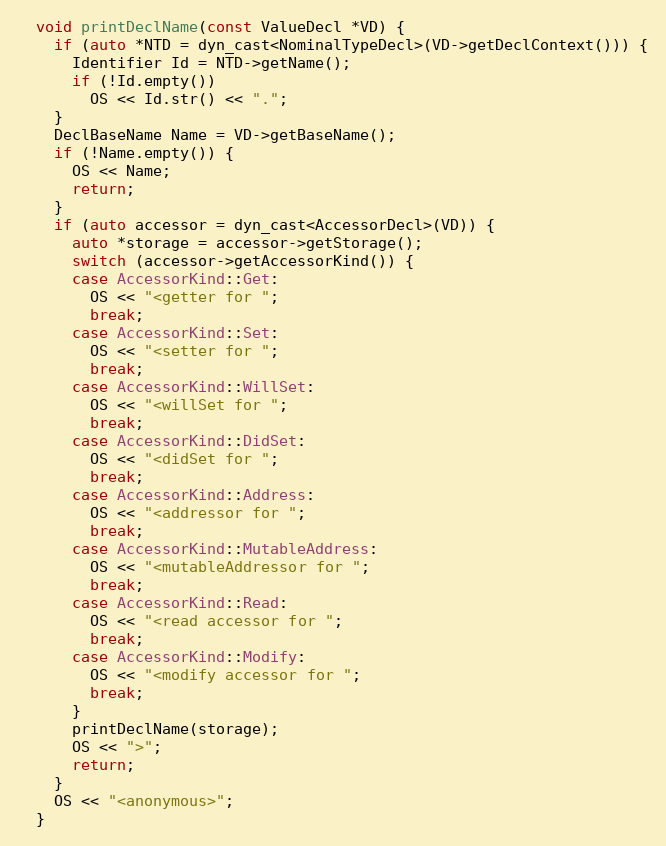
Language: C++
  void printDeclName(const ValueDecl *VD) {
    if (auto *NTD = dyn_cast<NominalTypeDecl>(VD->getDeclContext())) {
      Identifier Id = NTD->getName();
      if (!Id.empty())
        OS << Id.str() << ".";
    }
    DeclBaseName Name = VD->getBaseName();
    if (!Name.empty()) {
      OS << Name;
      return;
    }
    if (auto accessor = dyn_cast<AccessorDecl>(VD)) {
      auto *storage = accessor->getStorage();
      switch (accessor->getAccessorKind()) {
      case AccessorKind::Get:
        OS << "<getter for ";
        break;
      case AccessorKind::Set:
        OS << "<setter for ";
        break;
      case AccessorKind::WillSet:
        OS << "<willSet for ";
        break;
      case AccessorKind::DidSet:
        OS << "<didSet for ";
        break;
      case AccessorKind::Address:
        OS << "<addressor for ";
        break;
      case AccessorKind::MutableAddress:
        OS << "<mutableAddressor for ";
        break;
      case AccessorKind::Read:
        OS << "<read accessor for ";
        break;
      case AccessorKind::Modify:
        OS << "<modify accessor for ";
        break;
      }
      printDeclName(storage);
      OS << ">";
      return;
    }
    OS << "<anonymous>";
  }